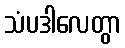
သံပဒါလေတွာ